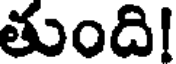
తుంది!